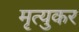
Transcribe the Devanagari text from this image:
मृत्युकर